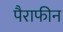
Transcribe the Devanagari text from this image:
पैराफीन